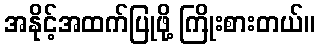
အနိုင့်အထက်ပြုဖို့ ကြိုးစားတယ်။